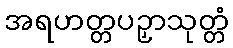
အရဟတ္တပဉှာသုတ္တံ